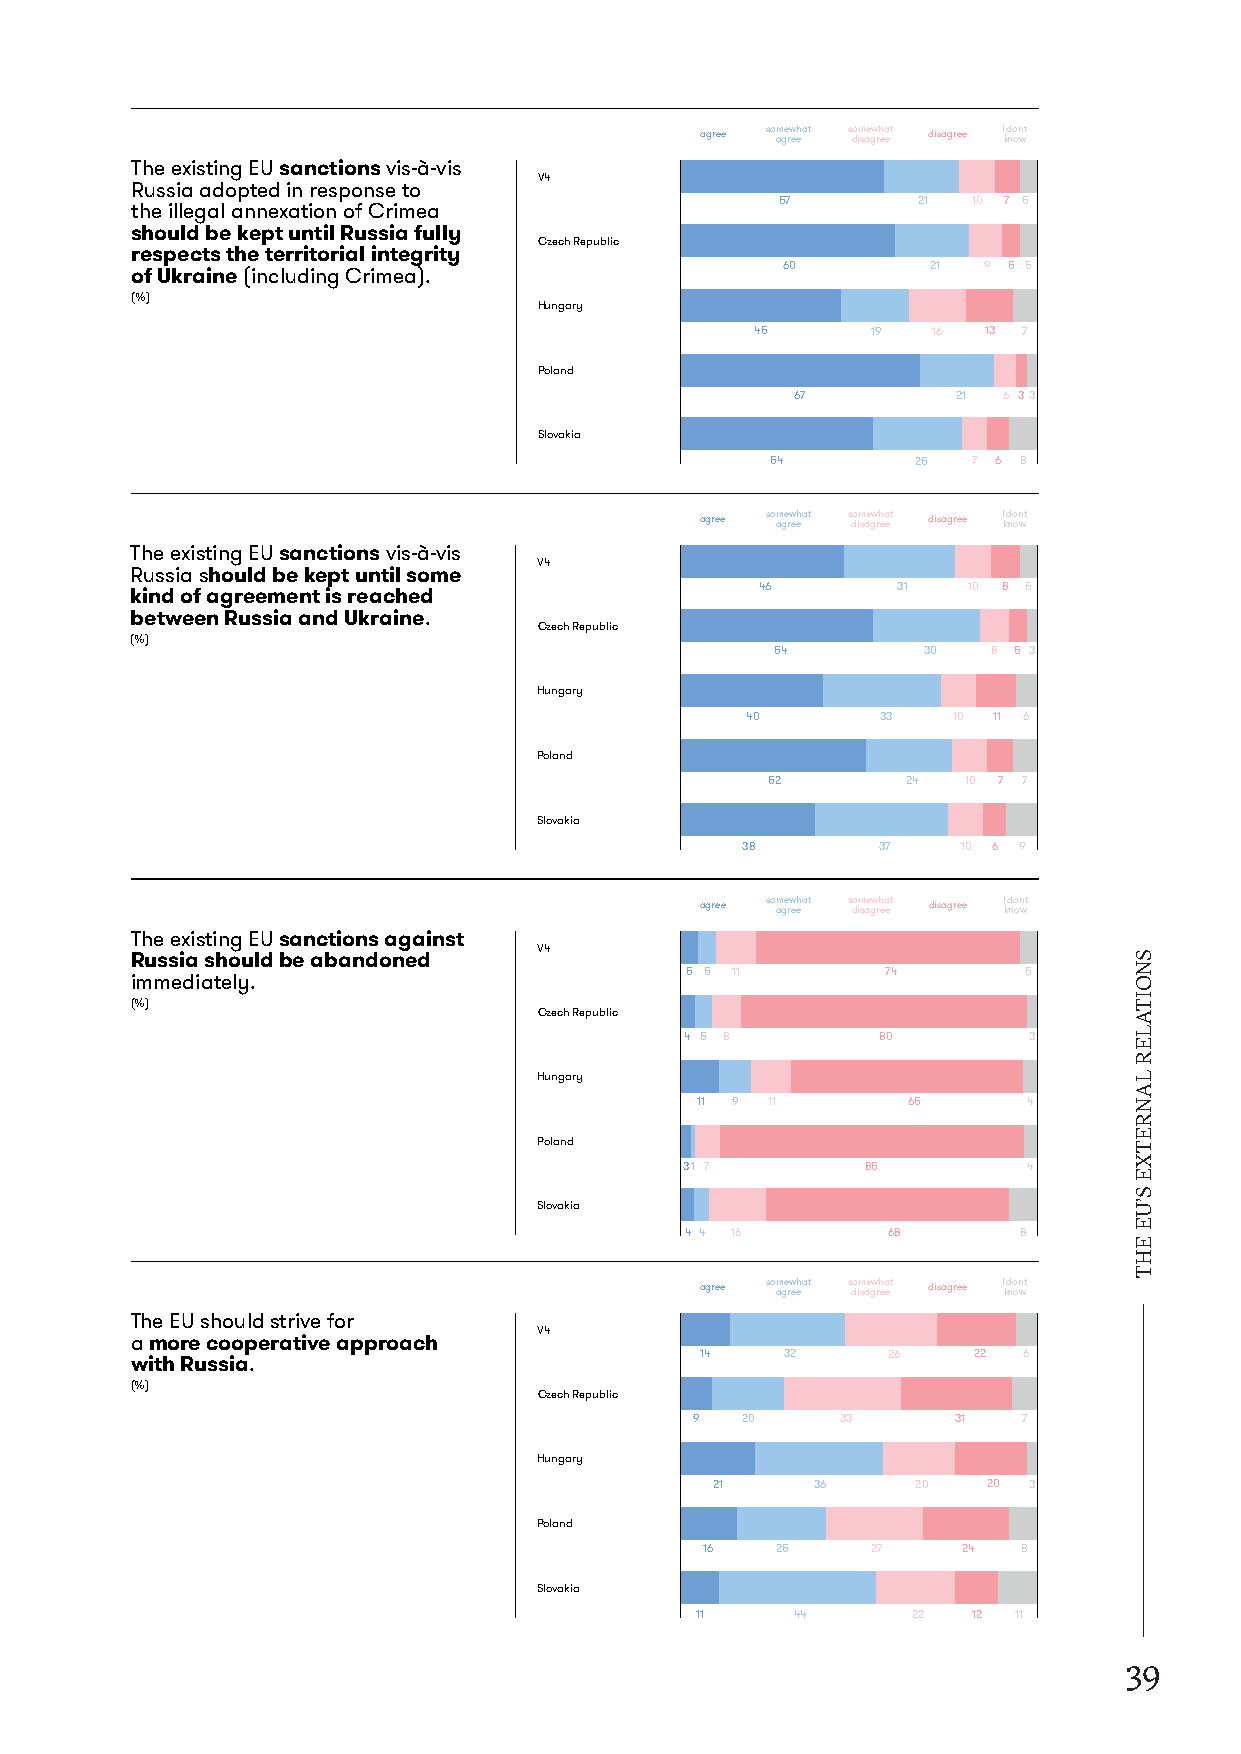
agree so am ge rw eehat s do im sae gw rh ea et disagree I kd no on wt
 TheexistingEUsanctionsvis-à-vis
 V4
 Russiaadoptedinresponseto
 57       21 10 7 5
 theillegalannexationofCrimea
 shouldbekeptuntilRussiafully
 CzechRepublic
 respectstheterritorialintegrity
 60        21 9 5 5
 ofUkraine(includingCrimea).
 (%)
 Hungary
 45      19  16 13 7
 Poland
 67        21 6 33
 Slovakia
 54        25 7 6 8
 agree so am ge rw eehat s do im sae gw rh ea et disagree I kd no on wt
 TheexistingEUsanctionsvis-à-vis
 V4
 Russiashouldbekeptuntilsome
 46       31   10 8 5
 kindofagreementisreached
 betweenRussiaandUkraine.
 CzechRepublic
 (%)
 54        30   8 5 3
 Hungary
 40       33   10 11 6
 Poland
 52       24  10 7 7
 Slovakia
 38       37    10 6 9
 agree so am ge rw eehat s do im sae gw rh ea et disagree I kd no on wt
 TheexistingEUsanctionsagainst
 V4 Russiashouldbeabandoned
 5 5 11        74       5
 immediately.
 (%)
 CzechRepublic
 4 5 8        80        3
 Hungary
 11 9 11       65      4
 Poland
 31 7        85         4
 Slovakia
 4 4 16        68      8
 agree so am ge rw eehat s do im sae gw rh ea et disagree I kd no on wt
 TheEUshouldstrivefor
 V4
 amorecooperativeapproach
 14    32     26   22  6
 withRussia.
 (%)
 CzechRepublic
 9  20     33     31   7
 Hungary
 21     36     20  20 3
 Poland
 16  25     27    24  8
 Slovakia
 11     44     22  12 11
 39
 SNOITALER
 LANRETXE
 S’UE
 EHT